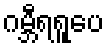
ဂမ္ဘီရရူပေ